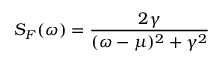
S _ { F } ( \omega ) = \frac { 2 \gamma } { ( \omega - \mu ) ^ { 2 } + \gamma ^ { 2 } }